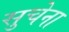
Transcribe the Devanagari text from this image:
सुचेना